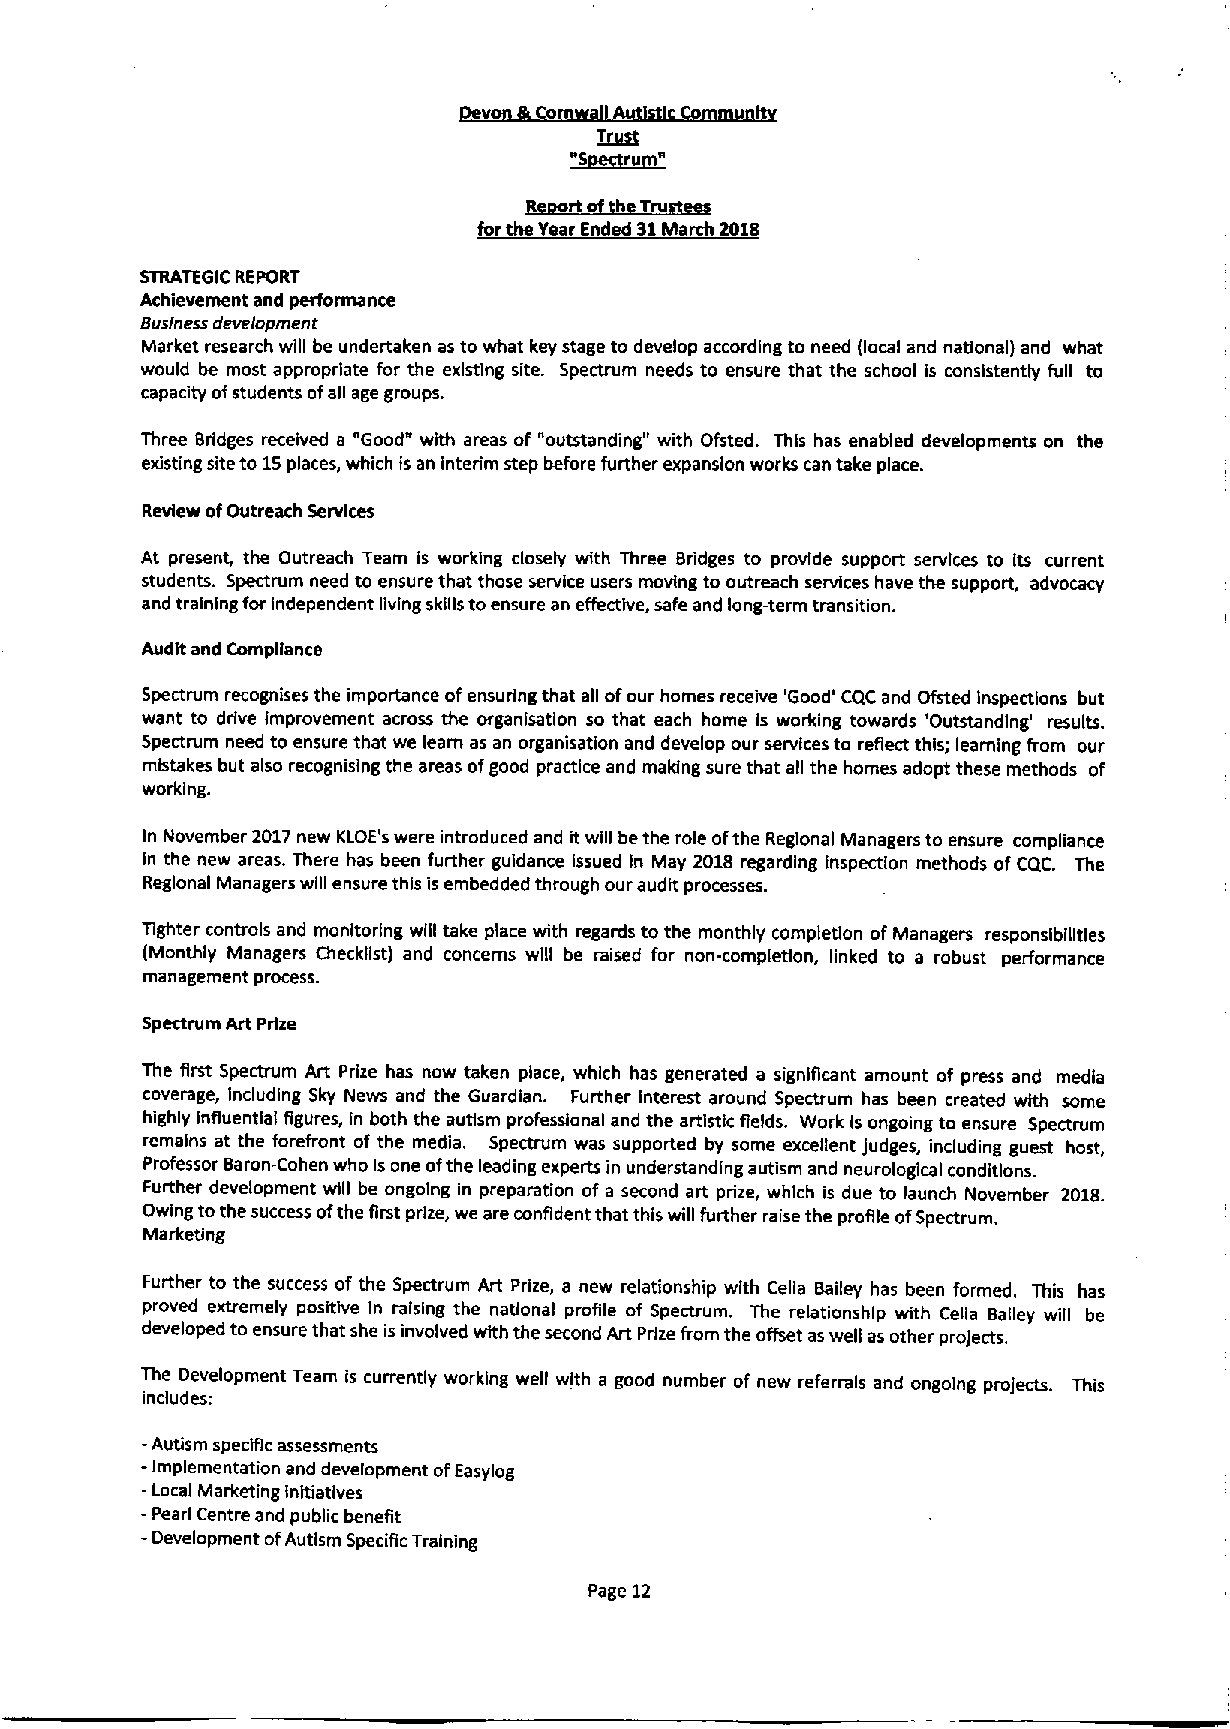
T~
 ~Soun"
 ~Zort o~hT
 forthe Year Ended $1March 201$
 STRATEGIC REPORT
 Achievement and performance
 Business development
 Market research will be undertaken as to what key stage to develop according to need (local and national) and what
 would be most appropriate for the existing site. Spectrum needs to ensure that the school is consistently full to
 capacity ofstudents ofall age groups.
 Three Bridges received a "Good" with areas of "outstanding" with Ofsted. This has enabled developments on the
 existing site to 1Splaces, which is an interim step before further expansion works can take place.
 Review ofOutreach Services
 At present, the Outreach Team is working closely with Three Bridges to provide support services to Its current
 students. Spectrum need to ensure that those service users moving to outreach services have the support, advocacy
 and training for Independent living skills toensure an effective, safe and long-term transition.
 Audit and Compliance
 Spectrum recognises the importance ofensuring that all ofour homes receive 'Good' CQC and Ofsted Inspections but
 want to drive improvement across the organisation so that each home is working towards 'Outstanding' results.
 Spectrum need to ensure that we leam as an organisation and develop our services to reflect this; learning from our
 mistakes but also recognising the areas ofgood practice and making sure that all the homes adopt these methods of
 working.
 In November 2017new KLOE's were introduced and it will bethe role ofthe Regional Managers to ensure compliance
 in the new areas. There has been further guidance issued in May 2018 regarding inspection methods ofCQC. The
 Regional Managers will ensure this isembedded through our audit processes.
 Tighter controls and monitoring will take place with regards to the monthly completion ofManagers responsibilities
 (Monthly Managers Checklist) and concerns will be raised for non-completion, linked to a robust performance
 management process.
 Spectrum Art Prize
 The first Spectrum Art Prize has now taken place, which has generated a significant amount of press and media
 coverage, including Sky News and the Guardian. Further Interest around Spectrum has been created with some
 highly influential figures, in both the autism professional and the artistic fields. Work is ongoing to ensure Spectrum
 remains at the forefront of the media. Spectrum was supported by some excellent judges, including guest host,
 Professor Baron-Cohen who Isone ofthe leading experts in understanding autism and neurological conditions.
 Further development will be ongoing in preparation of a second art prize, which is due to launch November 2018.
 Owing tothe success ofthe first prize, we are confident that this will further raise the profile ofSpectrum.
 Marketing
 Further to the success of the Spectrum Art Prize, a new relationship with Celia Bailey has been formed. This has
 proved extremely positive In raising the national profile of Spectrum. The relationship with Celia Bailey will be
 developed to ensure that she is involved with the second Art Prize from the offset aswell as other projects.
 The Development Team is currently working well with a good number of new referrals and ongoing projects. This
 includes:
 -Autism specific assessments
 -
 Implementation and development ofEasylog
 -Local Marketing Initiatives
 -Pearl Centre and public benefit
 - Development ofAutism Specific Training
 Page 12